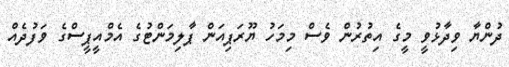
ދުންޔާ ވިދާޅުވީ މީގެ އިތުރުން ވެސް މިމަހު ޔޫރަޕިއަން ޕާލިމަންޓުގެ އެމްއީޕީސްގެ ވަފުދެއް